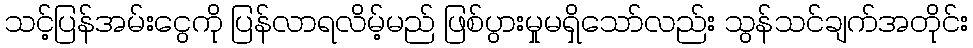
သင့်ပြန်အမ်းငွေကို ပြန်လာရလိမ့်မည် ဖြစ်ပွားမှုမရှိသော်လည်း သွန်သင်ချက်အတိုင်း